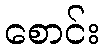
စောင်း